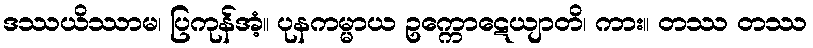
ဒဿယိဿာမ၊ ပြကုန်အံ့။ ပုနကမ္မာယ ဥက္ကောဋေယျာတိ၊ ကား။ တဿ တဿ